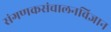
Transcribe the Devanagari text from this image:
संगणकसंचालनविज्ञान